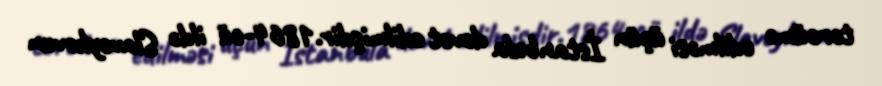
tərcümə edilməsi üçün İstanbula dəvət edilmişdir.1864-cü ildə Slaveykovun